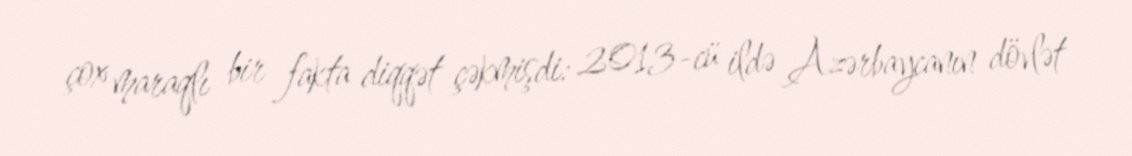
çox maraqlı bir fakta diqqət çəkmişdi: 2013-cü ildə Azərbaycanın dövlət